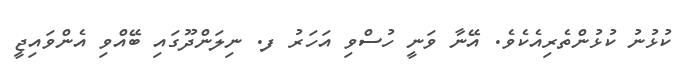
ކުޅުނު ކުޅުންތެރިއެކެވެ. އޭނާ ވަނީ ހުސްވި އަހަރު ފ. ނިލަންދޫގައި ބޭއްވި އެންވައިޖީ